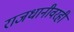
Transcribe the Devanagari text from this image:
राजधानीवरही